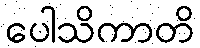
ပေါသိကာတိ